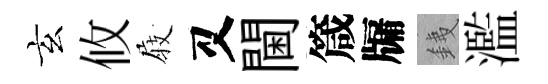
玄攸𡲆又閫箴牖銕濫